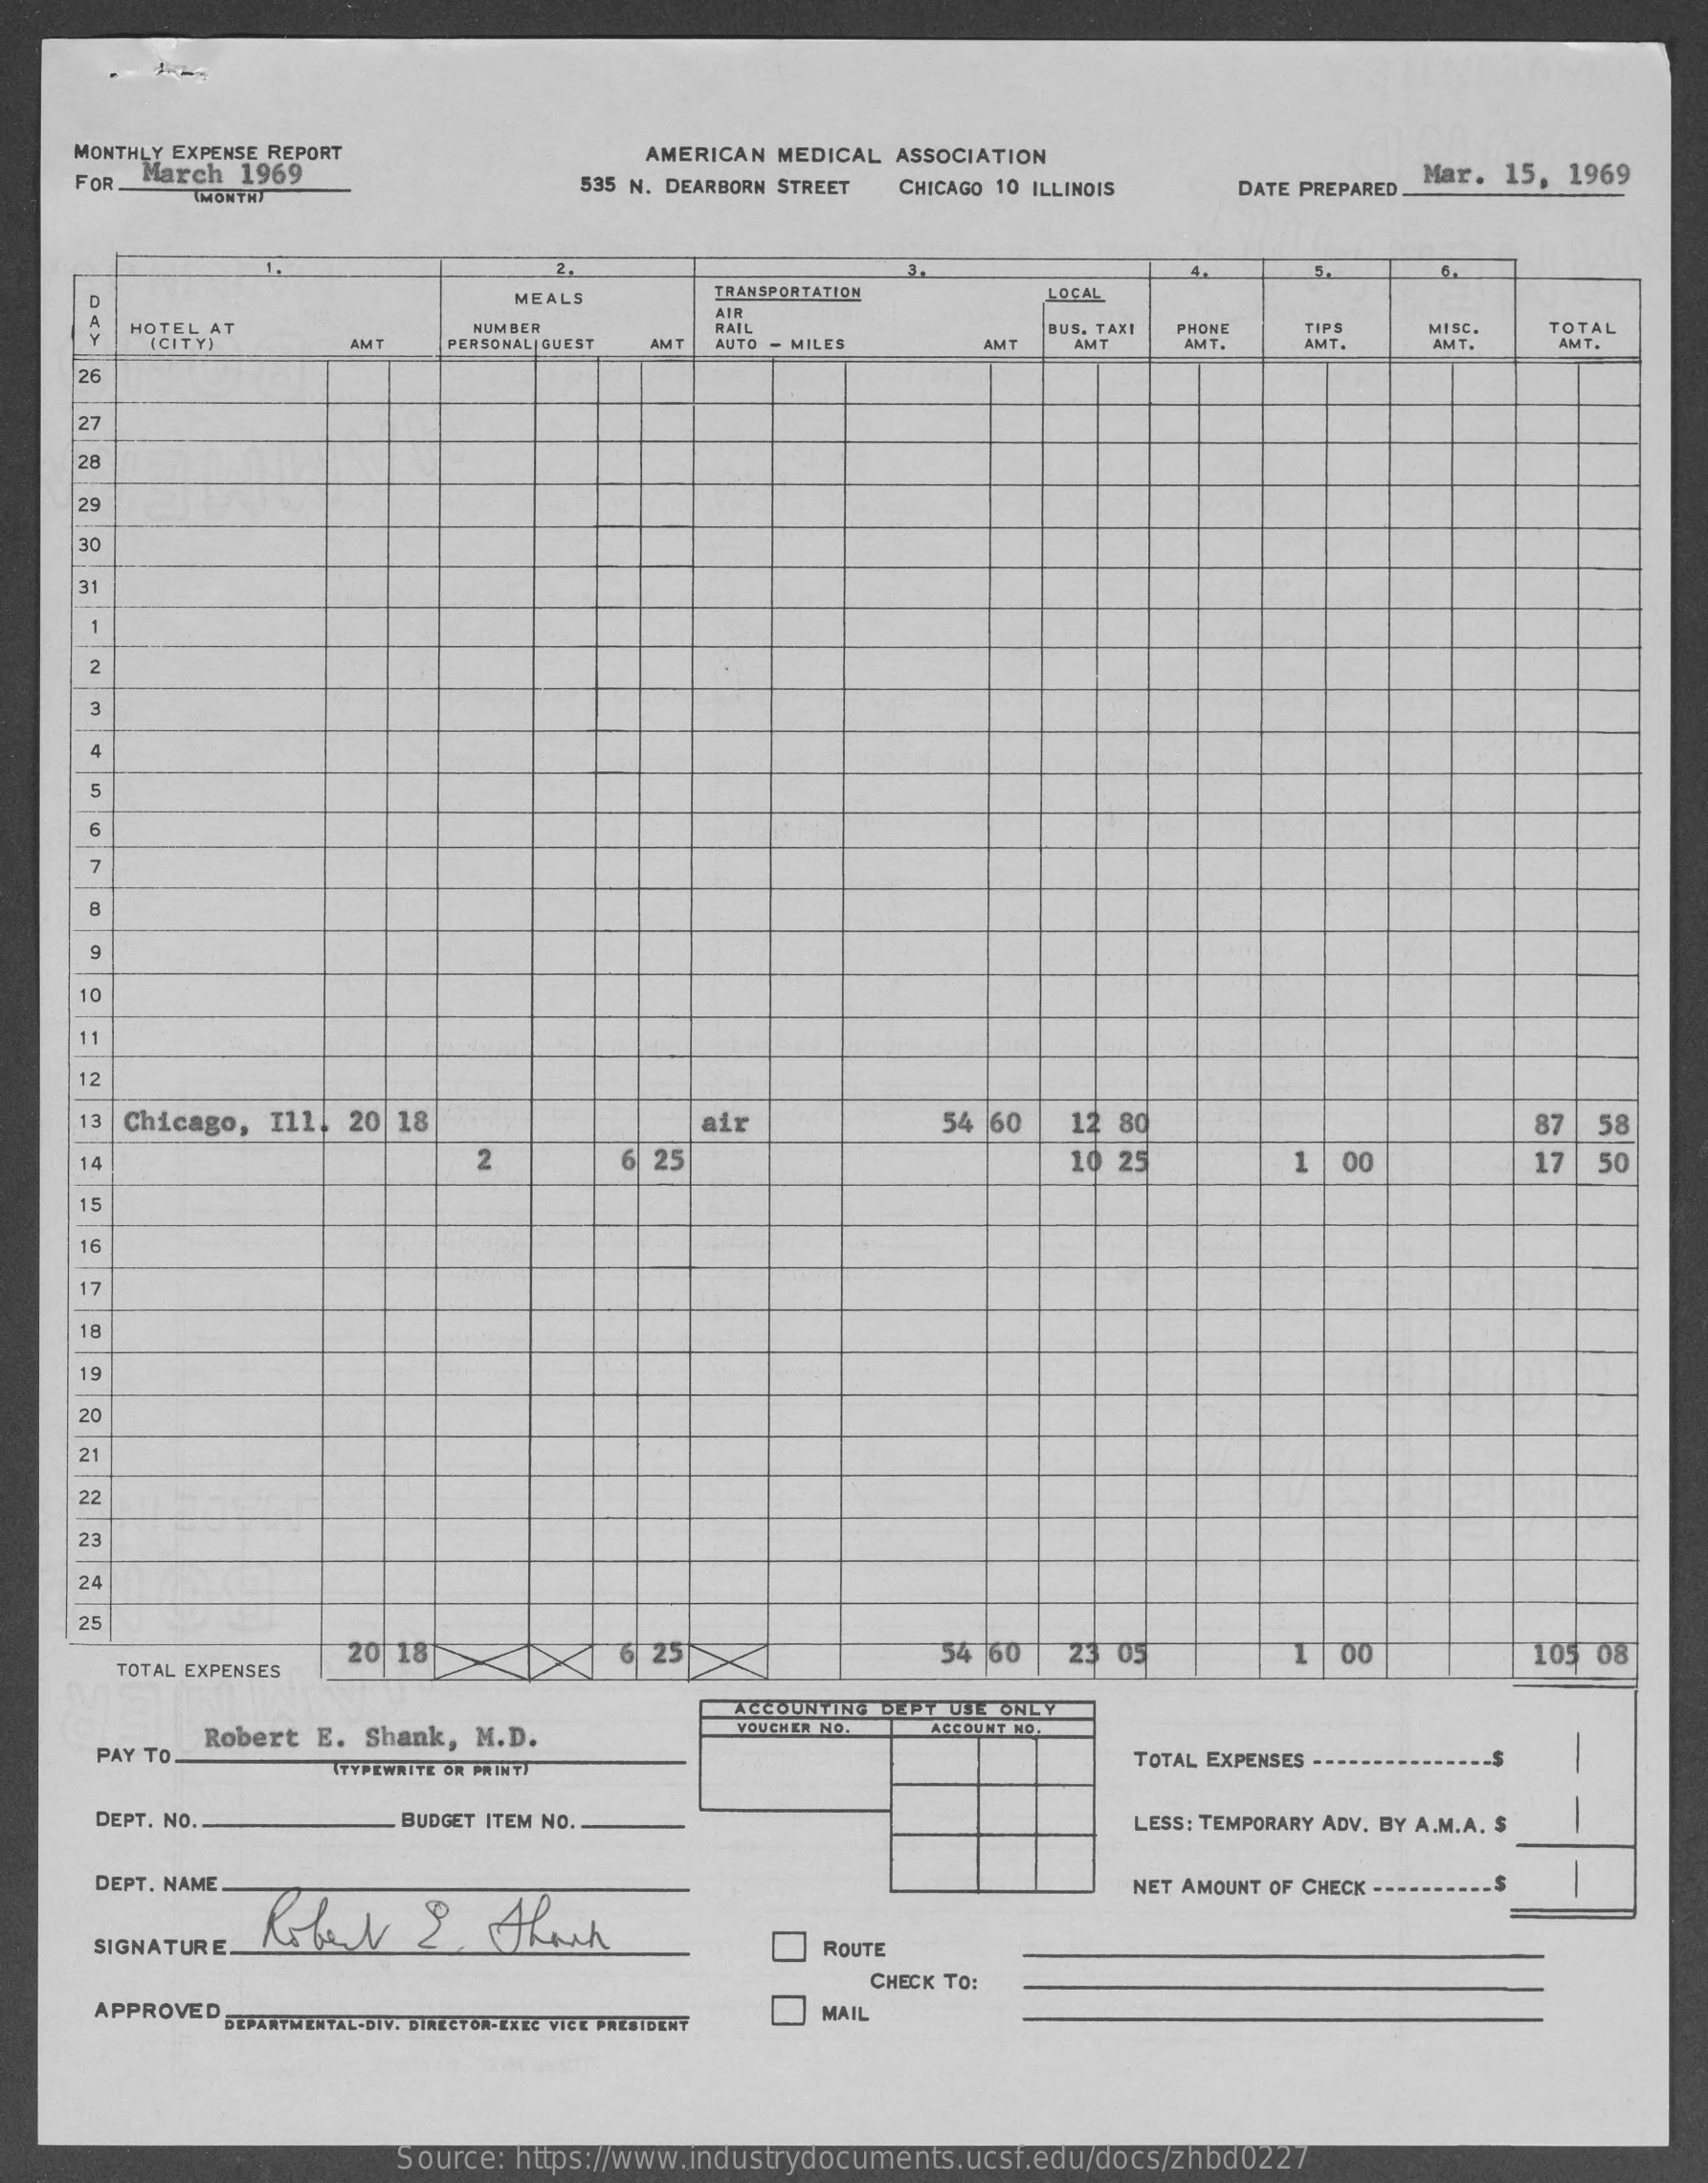
MONTHLY EXPENSE REPORT    AMERICAN MEDICAL ASSOCIATION
     FOR March  1969
     TMONTHS
     535 N. DEARBORN STREET CHICAGO 10 ILLINOIS DATE PREPARED
     Mar. 15, 1969
     MEALS
     TRANSPORTATION    LOCAL
     AIR
     HOTEL AT
     [CITY)    AMT
     NUMBER
     PERSONAL| GUEST
     RAIL
     AMT
     BUS. TAXI PHONE  TIPS
     AMY
     MISC.
     AMT .
     TOTAL
     AMT  AUTO - MILES    AMT    AMT.    AMT.
     26
     27
     28
     29
     30
     3
     1
     2
     5
     9
     10
     11
     12
     13 Chicago, Il1, 20 18    air    54 60   12 80    87  58
     14    2    6 25    10 25    1  00    17   50
     15
     16
     17
     18
     19
     20
     21
     22
     23
     24
     25
     20 18    25    54 60   23 05    105 08
     TOTAL EXPENSES
     Robert E.  Shank, M.D.
     ACCOUNTING DEPT USE ONLY
     VOUCHER NO. ACCOUNT NO.
     PAY TO.
     TTYPEWRITE OR PRINTS    TOTAL EXPENSES
     -
     DEPT. NO.    BUDGET ITEM NO.    LESS: TEMPORARY ADV. BY A.M.A. $
     DEPT. NAME.
     Rober    &    thach
     NET AMOUNT OF CHECK ---
     SIGNATURE.    ROUTE
     CHECK TO:
     APPROVED DEPARTMENTAL-DIV. DIRECTOR-EXEC VICE PRESIDENT
     MAIL
     Source: https://www.industrydocuments.ucsf.edu/docs/zhbd0227